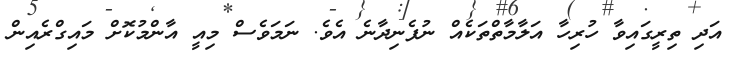
އަދި ތިރީގައިވާ ހުރިހާ އަލާމާތްތަކެއް ނުފެނިދާނެ އެވެ. ނަމަވެސް މިއީ އާންމުކޮށް މައިގްރެއިން